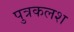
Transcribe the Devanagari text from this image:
पुत्रकलश